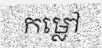
កម្លៅ